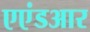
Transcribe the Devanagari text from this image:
एएंडआर